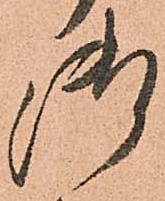
御